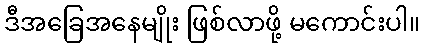
ဒီအခြေအနေမျိုး ဖြစ်လာဖို့ မကောင်းပါ။